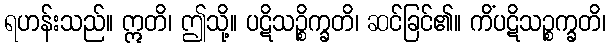
ရဟန်းသည်။ ဣတိ၊ ဤသို့။ ပဋိသဉ္စိက္ခတိ၊ ဆင်ခြင်၏။ ကိံပဋိသဉ္စက္ခတိ၊